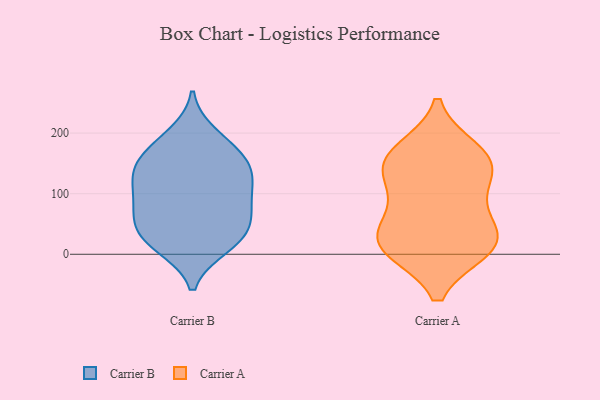
{"axis": {"x": "Operating Costs (USD K)", "y": "Value"}, "legend": ["Carrier A", "Carrier B"], "data": [{"x": "", "y": 95, "type": "Carrier B"}, {"x": "", "y": 44, "type": "Carrier B"}, {"x": "", "y": 162, "type": "Carrier B"}, {"x": "", "y": 183, "type": "Carrier B"}, {"x": "", "y": 54, "type": "Carrier B"}, {"x": "", "y": 160, "type": "Carrier B"}, {"x": "", "y": 12, "type": "Carrier B"}, {"x": "", "y": 21, "type": "Carrier B"}, {"x": "", "y": 198, "type": "Carrier B"}, {"x": "", "y": 66, "type": "Carrier B"}, {"x": "", "y": 14, "type": "Carrier B"}, {"x": "", "y": 88, "type": "Carrier B"}, {"x": "", "y": 142, "type": "Carrier B"}, {"x": "", "y": 90, "type": "Carrier B"}, {"x": "", "y": 133, "type": "Carrier B"}, {"x": "", "y": 127, "type": "Carrier B"}, {"x": "", "y": 129, "type": "Carrier B"}, {"x": "", "y": 41, "type": "Carrier B"}, {"x": "", "y": 10, "type": "Carrier A"}, {"x": "", "y": 39, "type": "Carrier A"}, {"x": "", "y": 23, "type": "Carrier A"}, {"x": "", "y": 15, "type": "Carrier A"}, {"x": "", "y": 112, "type": "Carrier A"}, {"x": "", "y": 170, "type": "Carrier A"}, {"x": "", "y": 154, "type": "Carrier A"}, {"x": "", "y": 147, "type": "Carrier A"}, {"x": "", "y": 153, "type": "Carrier A"}, {"x": "", "y": 79, "type": "Carrier A"}, {"x": "", "y": 11, "type": "Carrier A"}]}